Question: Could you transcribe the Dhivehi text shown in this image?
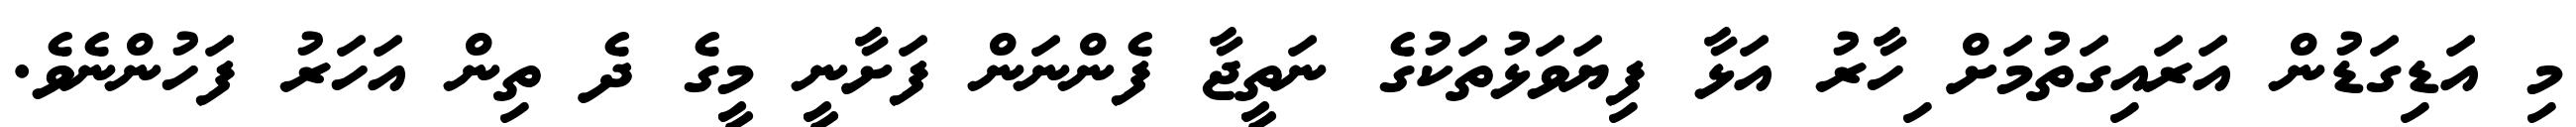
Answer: މި އަޑިގަޑުން އަރައިގަތުމަށް ިހާރު އަޅާ ފިޔަވަޅުތަކުގެ ނަތީޖާ ފެންނަން ފަށާނީ މީގެ ދެ ތިން އަހަރު ފަހުންނެވެ.